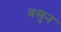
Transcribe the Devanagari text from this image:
वसुन